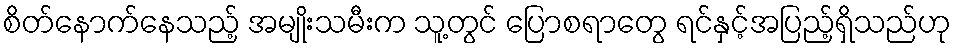
စိတ်နောက်နေသည့် အမျိုးသမီးက သူ့တွင် ပြောစရာတွေ ရင်နှင့်အပြည့်ရှိသည်ဟု